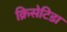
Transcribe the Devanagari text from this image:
क्रिसेटिडा